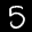
Label: 5